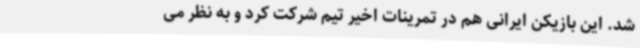
شد. این بازیکن ایرانی هم در تمرینات اخیر تیم شرکت کرد و به نظر می